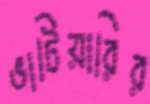
ভাটিয়ারির